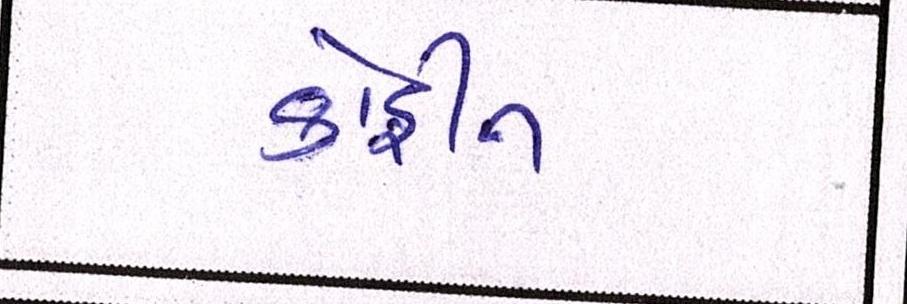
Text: કોફીન